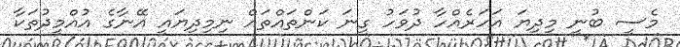
މެސީ ބުނީ މިދިޔަ އަހަރެއްހާ ދުވަހު ގިނަ ކަންތައްތައް ނިމިދިޔައީ އޭނާގެ އުއްމީދުތަކާ